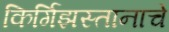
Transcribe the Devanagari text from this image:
किर्गिझस्तानाचे